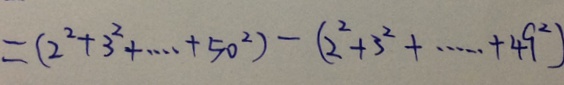
= ( 2 ^ { 2 } + 3 ^ { 2 } + \cdots + 5 0 ^ { 2 } ) - ( 2 ^ { 2 } + 3 ^ { 2 } + \cdots + 4 9 ^ { 2 } )